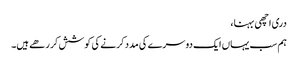
دری اچھی بہنا،
ہم سب یہاں ایک دوسرے کی مدد کرنے کی کوشش کر رھے ہیں۔